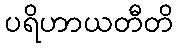
ပရိဟာယတီတိ